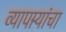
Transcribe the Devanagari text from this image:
व्यापार्‍यांचा